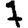
Digit: 7